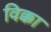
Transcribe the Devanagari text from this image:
विक्का